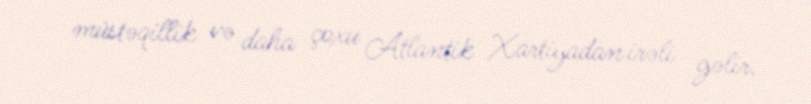
müstəqillik və daha çoxu Atlantik Xartiyadan irəli gəlir.